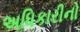
અધિકારીનો